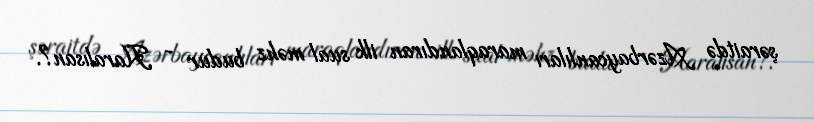
şəraitdə Azərbaycanlıları maraqlandıran ilk sual məhz budur - Haralısan?.